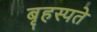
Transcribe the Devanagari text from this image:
बृहस्पते